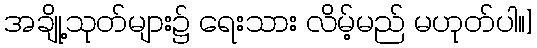
အချို့သုတ်များ၌ ရေးသား လိမ့်မည် မဟုတ်ပါ။]